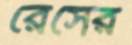
রেসের